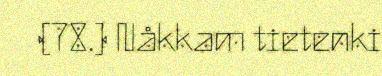
(78.) Nåkkam tietenki